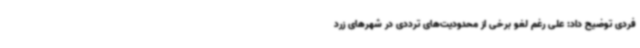
فردی توضیح داد: علی رغم لغو برخی از محدودیت‌های ترددی در شهرهای زرد